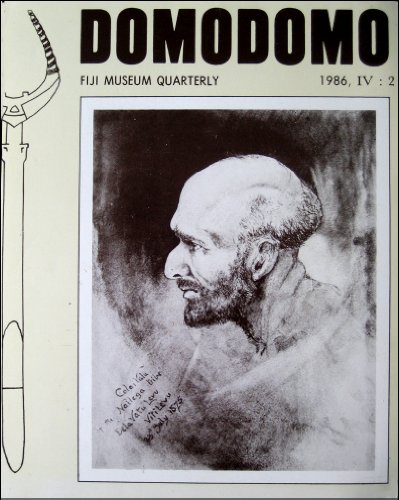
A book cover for Domodomo: Fiji Museum Quarterly, 1986, IV: 2.; Fergus, et al, eds. Clunie; Travel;